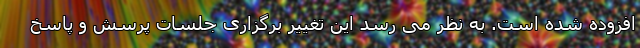
افزوده شده است. به نظر می رسد این تغییر برگزاری جلسات پرسش و پاسخ